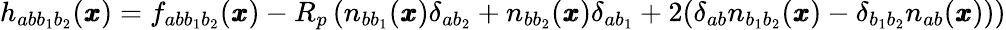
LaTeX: h_{abb_{1}b_{2}}({\pmb x})=f_{ab{b}_{1}b_{2}}({\pmb x})-R_{p}\left(n_{bb_{1}}({\pmb x})\delta_{ab_{2}}+n_{bb_{2}}({\pmb x})\delta_{ab_{1}}+2(\delta_{ab}n_{b_{1}b_{2}}({\pmb x})-\delta_{b_{1}b_{2}}n_{ab}({\pmb x}))\right)